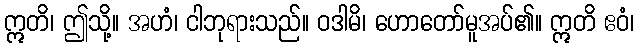
ဣတိ၊ ဤသို့။ အဟံ၊ ငါဘုရားသည်။ ဝဒါမိ၊ ဟောတော်မူအပ်၏။ ဣတိ ဧဝံ၊